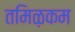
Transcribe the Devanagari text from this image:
तमिऴकम